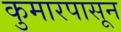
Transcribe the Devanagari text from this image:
कुमारपासून